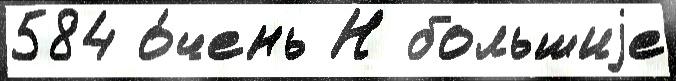
584 о́чень Н большиjе